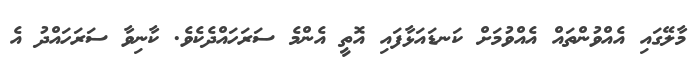
މާލޭގައި އެއްވުންތައް އެއްވުމަށް ކަނޑައަޅާފައި އޮތީ އެންމެ ސަރަހައްދެކެވެ. ކާނިވާ ސަރަހައްދު އެ